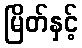
မြိတ်နှင့်